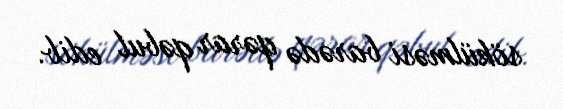
sökülməsi barədə qərar qəbul edib.